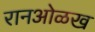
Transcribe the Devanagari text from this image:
रानओळख